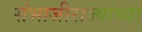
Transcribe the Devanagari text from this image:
संभाजीराज्यांच्या